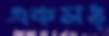
একসঙ্